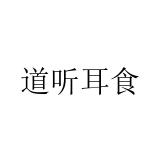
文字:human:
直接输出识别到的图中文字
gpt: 道听耳食